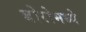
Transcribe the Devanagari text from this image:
बोरोमध्ये